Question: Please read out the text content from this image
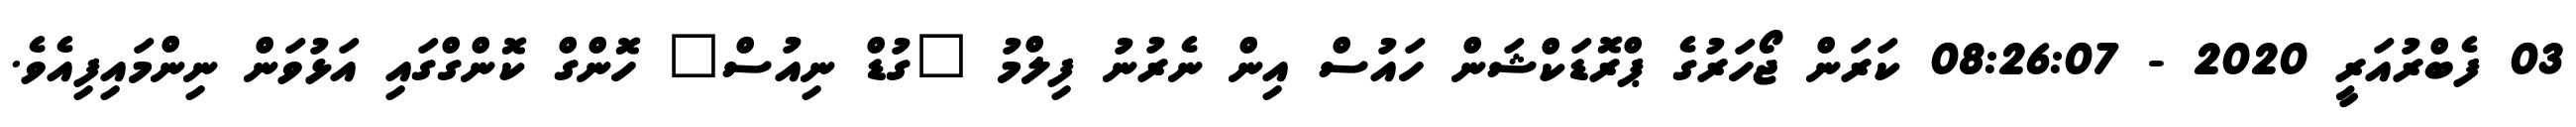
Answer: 03 ފެބްރުއަރީ 2020 - 08:26:07 ކަރަން ޖޯހަރުގެ ޕްރޮޑަކްޝަން ހައުސް އިން ނެރުނު ފިލްމު "ގުޑް ނިއުސް" ހޮންގް ކޮންގްގައި އަޅުވަން ނިންމައިފިއެވެ.